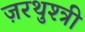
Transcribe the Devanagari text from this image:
ज़रथुश्त्री